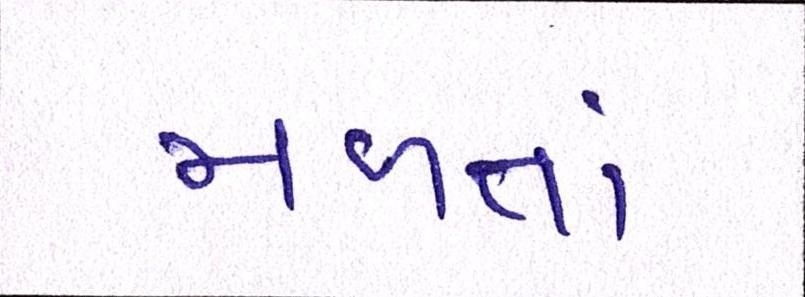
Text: મળતાં